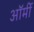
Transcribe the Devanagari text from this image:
ऑर्मी